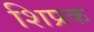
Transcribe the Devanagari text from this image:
शिप्रक